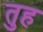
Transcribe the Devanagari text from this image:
तुह